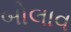
બોલાવ